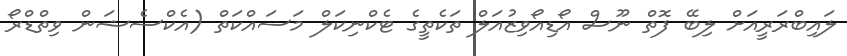
ލައިބްރަރީއަށް ލިބޭ ފޮތް ނޫސް އޯޑިއޯވިޒުއަލް ތަކެތީގެ ޓެކްނިކަލް މަސައްކަތް (އެކްސެޝަން ވިތްޑްރޯ